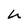
Character: h